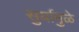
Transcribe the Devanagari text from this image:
सुर्यामुळे